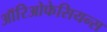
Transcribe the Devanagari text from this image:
ऑरिओफेसियन्स